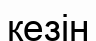
кезін